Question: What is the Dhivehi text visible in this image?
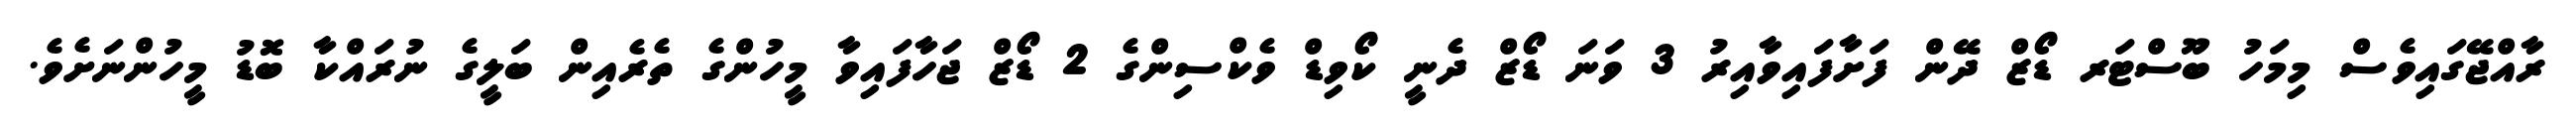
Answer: ރާއްޖޭގައިވެސް މިމަހު ބޫސްޓަރ ޑޯޒް ދޭން ފަށާފައިވާއިރު 3 ވަނަ ޑޯޒް ދެނީ ކޯވިޑް ވެކްސިންގެ 2 ޑޯޒް ޖަހާފައިވާ މީހުންގެ ތެރެއިން ބަލީގެ ނުރައްކާ ބޮޑު މީހުންނަށެވެ.